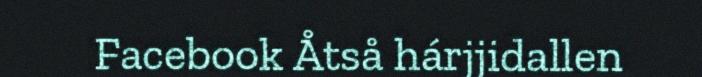
Facebook Åtså hárjjidallen